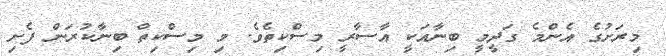
މިރަށުގެ އެންމެ ގަދީމީ ބިނާއަކީ އާސާރީ މިސްކިތެވެ. މި މިސްކިތް ބިނާކުރަން ފެށި